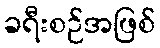
ခရီးစဉ်အဖြစ်